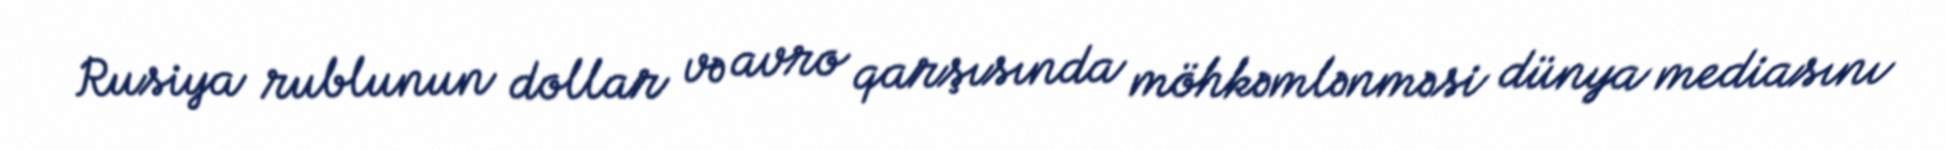
Rusiya rublunun dollar və avro qarşısında möhkəmlənməsi dünya mediasını